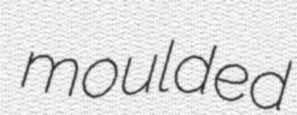
moulded